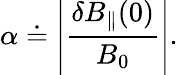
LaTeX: \alpha\doteq\left|\frac{\delta B_{\parallel}(0)}{B_{0}}\right|.